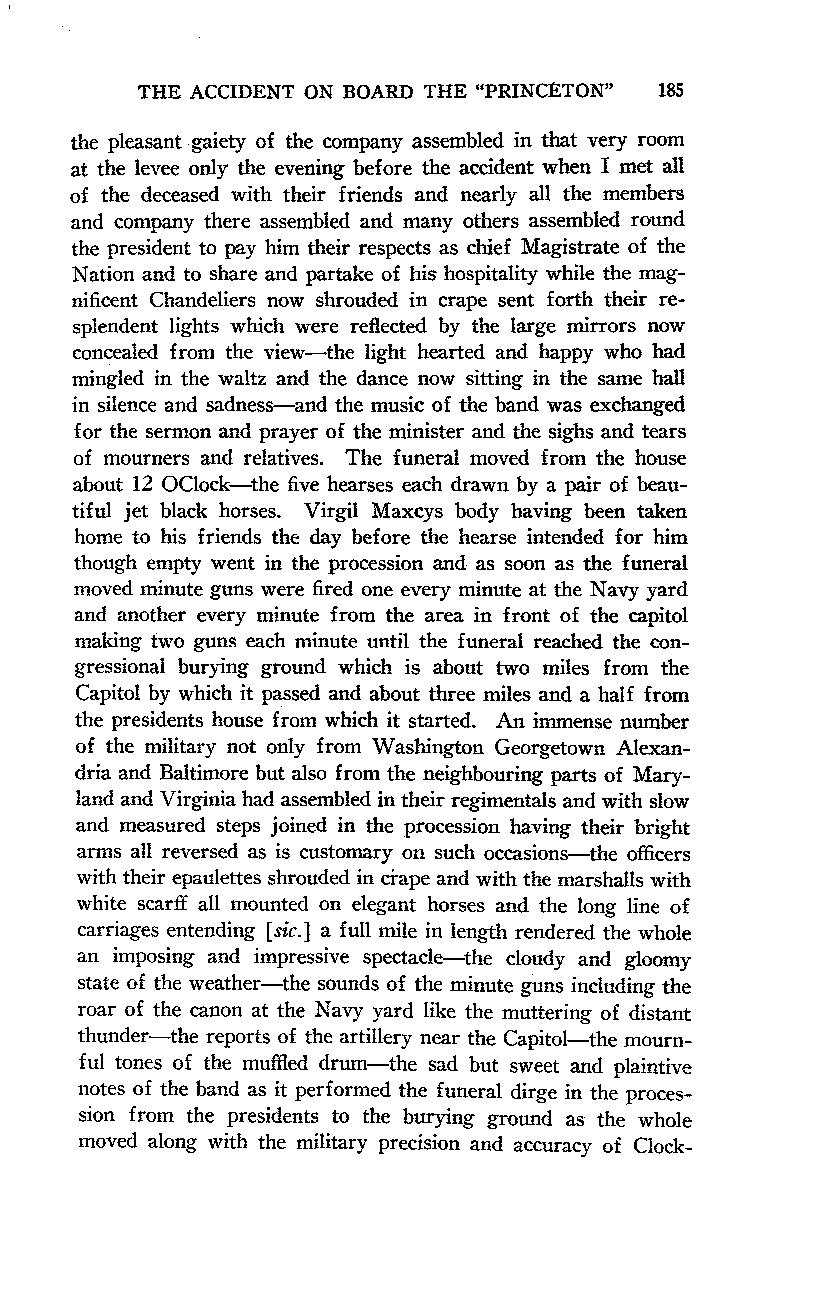
THE ACCIDENT ON BOARD THE "PRINCETON" 185
 the pleasant gaiety of the company assembled in that very room
 at the levee only the evening before the accident when I met all
 of the deceased with their friends and nearly all the members
 and company there assembled and many others assembled round
 the president to pay him their respects as chief Magistrate of the
 Nation and to share and partake of his hospitality while the mag-
 nificent Chandeliers now shrouded in crape sent forth their re-
 splendent lights which were reflected by the large mirrors now
 concealed from the view-the light hearted and happy who had
 mingled in the waltz and the dance now sitting in the same hall
 in silence and sadness-and the music of the band was exchanged
 for the sermon and prayer of the minister and the sighs and tears
 of mourners and relatives. The funeral moved from the house
 about 12 OClock-the five hearses each drawn by a pair of beau-
 tiful jet black horses. Virgil Maxcys body having been taken
 home to his friends the day before the hearse intended for him
 though empty went in the procession and as soon as the funeral
 moved minute guns were fired one every minute at the Navy yard
 and another every minute from the area in front of the capitol
 making two guns each minute until the funeral reached the con-
 gressional burying ground which is about two miles from the
 Capitol by which it passed and about three miles and a half from
 the presidents house from which it started. An immense number
 of the military not only from Washington Georgetown Alexan-
 dria and Baltimore but also from the neighbouring parts of Mary-
 land and Virginia had assembled in their regimentals and with slow
 and measured steps joined in the procession having their bright
 arms all reversed as is customary on such occasions-the officers
 with their epaulettes shrouded in crape and with the marshalls with
 white scarff all mounted on elegant horses and the long line of
 carriages entending [sic.] a full mile in length rendered the whole
 an imposing and impressive spectacle-the cloudy and gloomy
 state of the weather-the sounds of the minute guns including the
 roar of the canon at the Navy yard like the muttering of distant
 thunder-the reports of the artillery near the Capitol-the mourn-
 ful tones of the muffled drum-the sad but sweet and plaintive
 notes of the band as it performed the funeral dirge in the proces-
 sion from the presidents to the burying ground as the whole
 moved along with the military precision and accuracy of Clock-